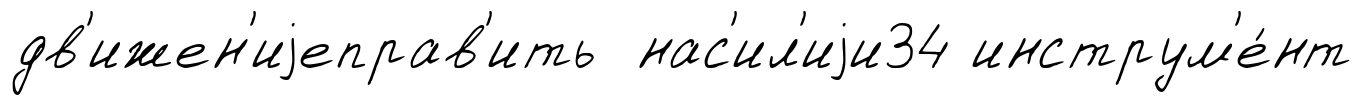
дв'ижен'иjеправ'ить нас'ил'иjи34 инструм'е́нт